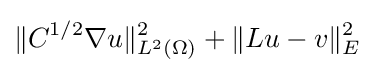
\|C^{1/2}\nabla u\|_{L^{2}(\Omega )}^{2}+\|Lu-v\|_{E}^{2}